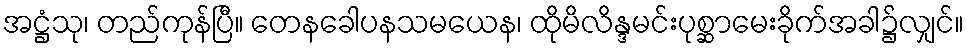
အဋ္ဌံသု၊ တည်ကုန်ပြီ။ တေနခေါပနသမယေန၊ ထိုမိလိန္ဒမင်းပုစ္ဆာမေးခိုက်အခါ၌လျှင်။